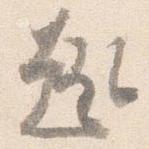
趣